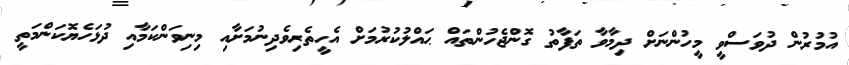
އުމުރުން ދުވަސްވީ މީހުންނަށް ދިމާވާ ތަފާތު ގޮންޖެހުންތައް ޙައްލުކުރުމަށް އެހީތެރިވެދިނުމަށާއި މިނިވަންކަމާއި ދުޅަހެޔޮކަންމަތީ